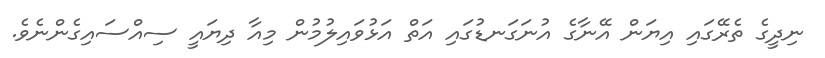
ނިދީގެ ތެރޭގައި އިޔަން އޭނާގެ އުނަގަނޑުގައި އަތް އަޅުވައިލުމުން މިއާ ދިޔައީ ސިއްސައިގެންނެވެ.